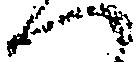
へ